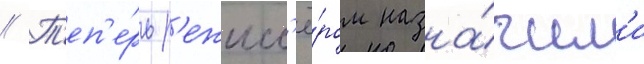
// Т'еп'е́рь р'ежисс'ё́ром назна́чил'и